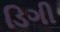
ડિગી